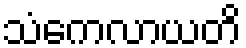
သံကေလာယတိ